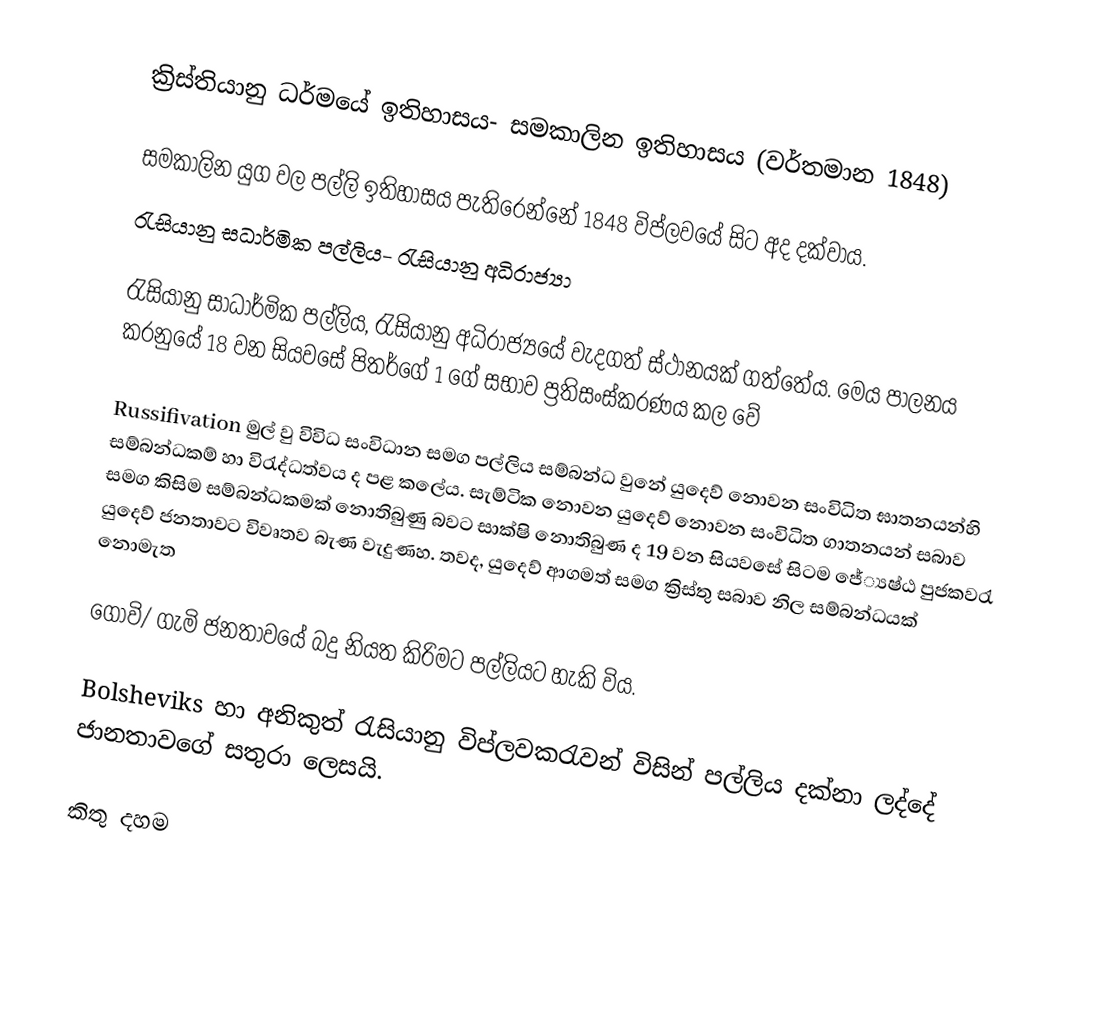
ක්‍රිස්තියානු ධර්මයේ ඉතිහාසය- සමකාලින ඉතිහාසය (වර්තමාන 1848)

සමකාලින යුග වල පල්ලි ඉතිහාසය පැතිරෙන්නේ 1848 විප්ලවයේ සිට අද දක්වාය.
රැසියානු සධාර්මික පල්ලිය- රැසියානු අධිරාජ්‍යා

රැසියානු සාධාර්මික පල්ලිය, රැසියානු අධිරාජ්‍යයේ වැදගත් ස්ථානයක් ගත්තේය. මෙය පාලනය කරනුයේ 18 වන සියවසේ පිතර්ගේ 1 ගේ සභාව ප්‍රතිසංස්කරණය කල වේ

Russifivation මුල් වු විවිධ සංවිධාන සමග පල්ලිය සම්බන්ධ වුනේ යුදෙව් නොවන සංවිධිත ඝාතනයන්හි සම්බන්ධකම් හා විරැද්ධත්වය ද පළ කලේය. සැම්ටික නොවන යුදෙව් නොවන සංවිධිත ගාතනයන් සබාව සමග කිසිම සම්බන්ධකමක් නොතිබුණු බවට සාක්ෂි නොතිබුණ ද 19 වන සියවසේ සිටම ජේ්‍යෂ්ඨ පුජකවරැ යුදෙව් ජනතාවට විවෘතව බැණ වැදුණහ. තවද, යුදෙව් ආගමත් සමග ක්‍රිස්තු සබාව නිල සම්බන්ධයක් නොමැත

ගොවි/ ගැමි ජනතාවයේ බදු නියත කිරිමට පල්ලියට හැකි විය.

Bolsheviks හා අ‍නිකුත් රැසියානු විප්ලවකරැවන් විසින් පල්ලිය දක්නා ලද්දේ ජානතාවගේ සතුරා ලෙසයි.

කිතු දහම